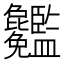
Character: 𥃢